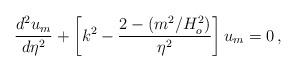
LaTeX: \begin{align*}{d^2 u_m \over d\eta^2} + \left[ k^2 - {2-(m^2/H_o^2) \over \eta^2} \right] u_m = 0 \,,\end{align*}